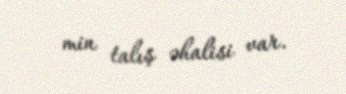
min talış əhalisi var.